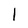
Character: 1